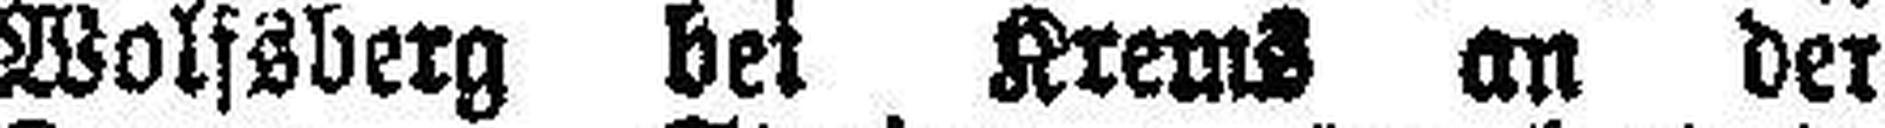
Wolfsberg bei Krems an der